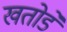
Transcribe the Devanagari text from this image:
खतोडे